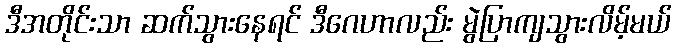
ဒီအတိုင်းသာ ဆက်သွားနေရင် ဒီဂေဟာလည်း မွဲပြာကျသွားလိမ့်မယ်